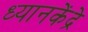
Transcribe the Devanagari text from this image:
ध्यानकेंद्रे